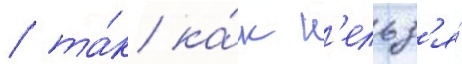
/ та́к ка́к н'ельз'я́